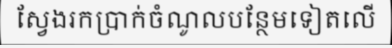
ស្វែងរកប្រាក់ចំណូលបន្ថែមទៀតលើ